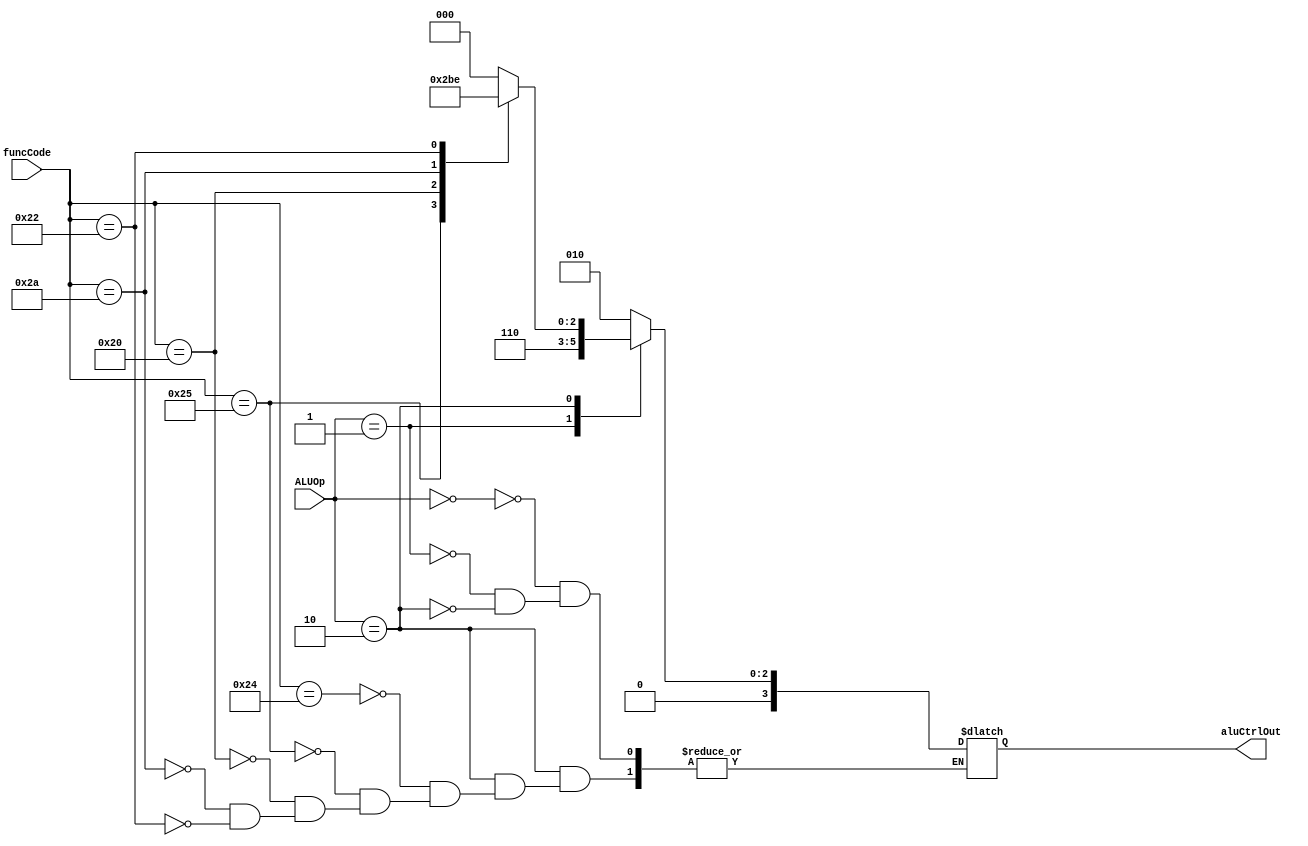
module alu_control(
	input [1:0] ALUOp,
	input [5:0] funcCode,
	output reg [3:0] aluCtrlOut
	);

	always @ (ALUOp, funcCode) begin
		case(ALUOp)
			0: aluCtrlOut = 4'b0010;
			1: aluCtrlOut = 4'b0110;
			2: case (funcCode)
						36: aluCtrlOut = 0; // AND
						37: aluCtrlOut = 1; // OR
						32: aluCtrlOut = 2; // ADD
						42: aluCtrlOut = 7; //SLT
						34: aluCtrlOut = 6; // SUB
				endcase
		endcase
  end
endmodule